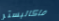
ماكاليستر